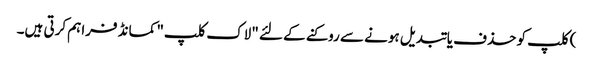
) کلپ کو حذف یا تبدیل ہونے سے روکنے کے لئے "لاک کلپ" کمانڈ فراہم کرتی ہیں۔